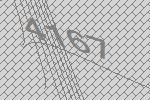
4167